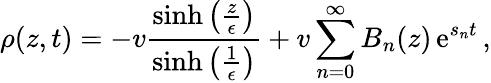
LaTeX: \rho(z,t)=-v\frac{\sinh\left(\frac{z}{\epsilon}\right)}{\sinh\left(\frac{1}{\epsilon}\right)}+v\sum_{n=0}^{\infty}B_{n}(z)\operatorname{e}^{s_{n}t}\, ,